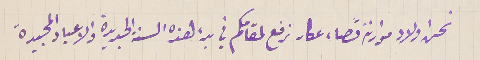
نحن اولاد موارنة قضاء عكار نرفع لمقامكم في بدء هذه السنة الجديدة والاعياد المجيدة